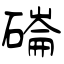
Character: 磮